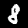
Digit: 8